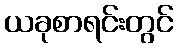
ယခုစာရင်းတွင်